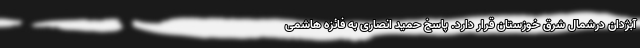
آبژدان درشمال شرق خوزستان قرار دارد. پاسخ حمید انصاری به فائزه هاشمی